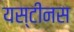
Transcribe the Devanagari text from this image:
यस्टीनस